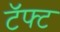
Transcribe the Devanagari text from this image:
टॅफ्ट